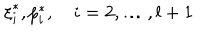
{ \xi } _ { i } ^ { \ast } , { p } _ { i } ^ { \ast } , \quad i = 2 , \dots , l + 1